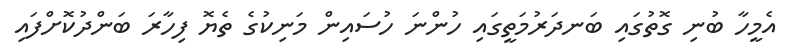
އެމީހާ ބުނި ގޮތުގައި ބަނދަރުމަތީގައި ހުންނަ ހުސައިން މަނިކުގެ ތެޔޮ ފިހާރަ ބަންދުކޮށްފައި